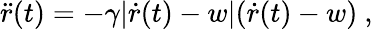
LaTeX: \ddot{r}(t)=-\gamma|\dot{r}(t)-w|(\dot{r}(t)-w)\ ,